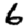
Digit: 6